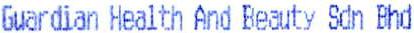
GUARDIAN HEALTH AND BEAUTY SDN BHD